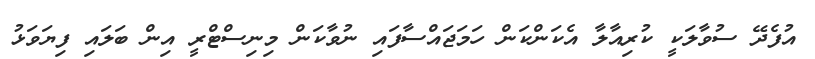
އުފެދޭ ސުވާލަކީ ކުރިއާލާ އެކަންކަން ހަމަޖައްސާފައި ނުވާކަން މިނިސްޓްރީ އިން ބަލައި ފިޔަވަޅު